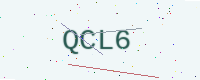
Text: QCL6